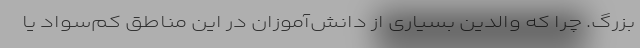
بزرگ. چرا که والدین بسیاری از دانش‌آموزان در این مناطق کم‌سواد یا